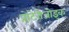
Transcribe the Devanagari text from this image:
प्रोटेरोजोइक